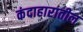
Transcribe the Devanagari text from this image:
कंदाहारातील